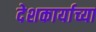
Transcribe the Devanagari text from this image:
देशकार्याच्या